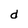
Character: d